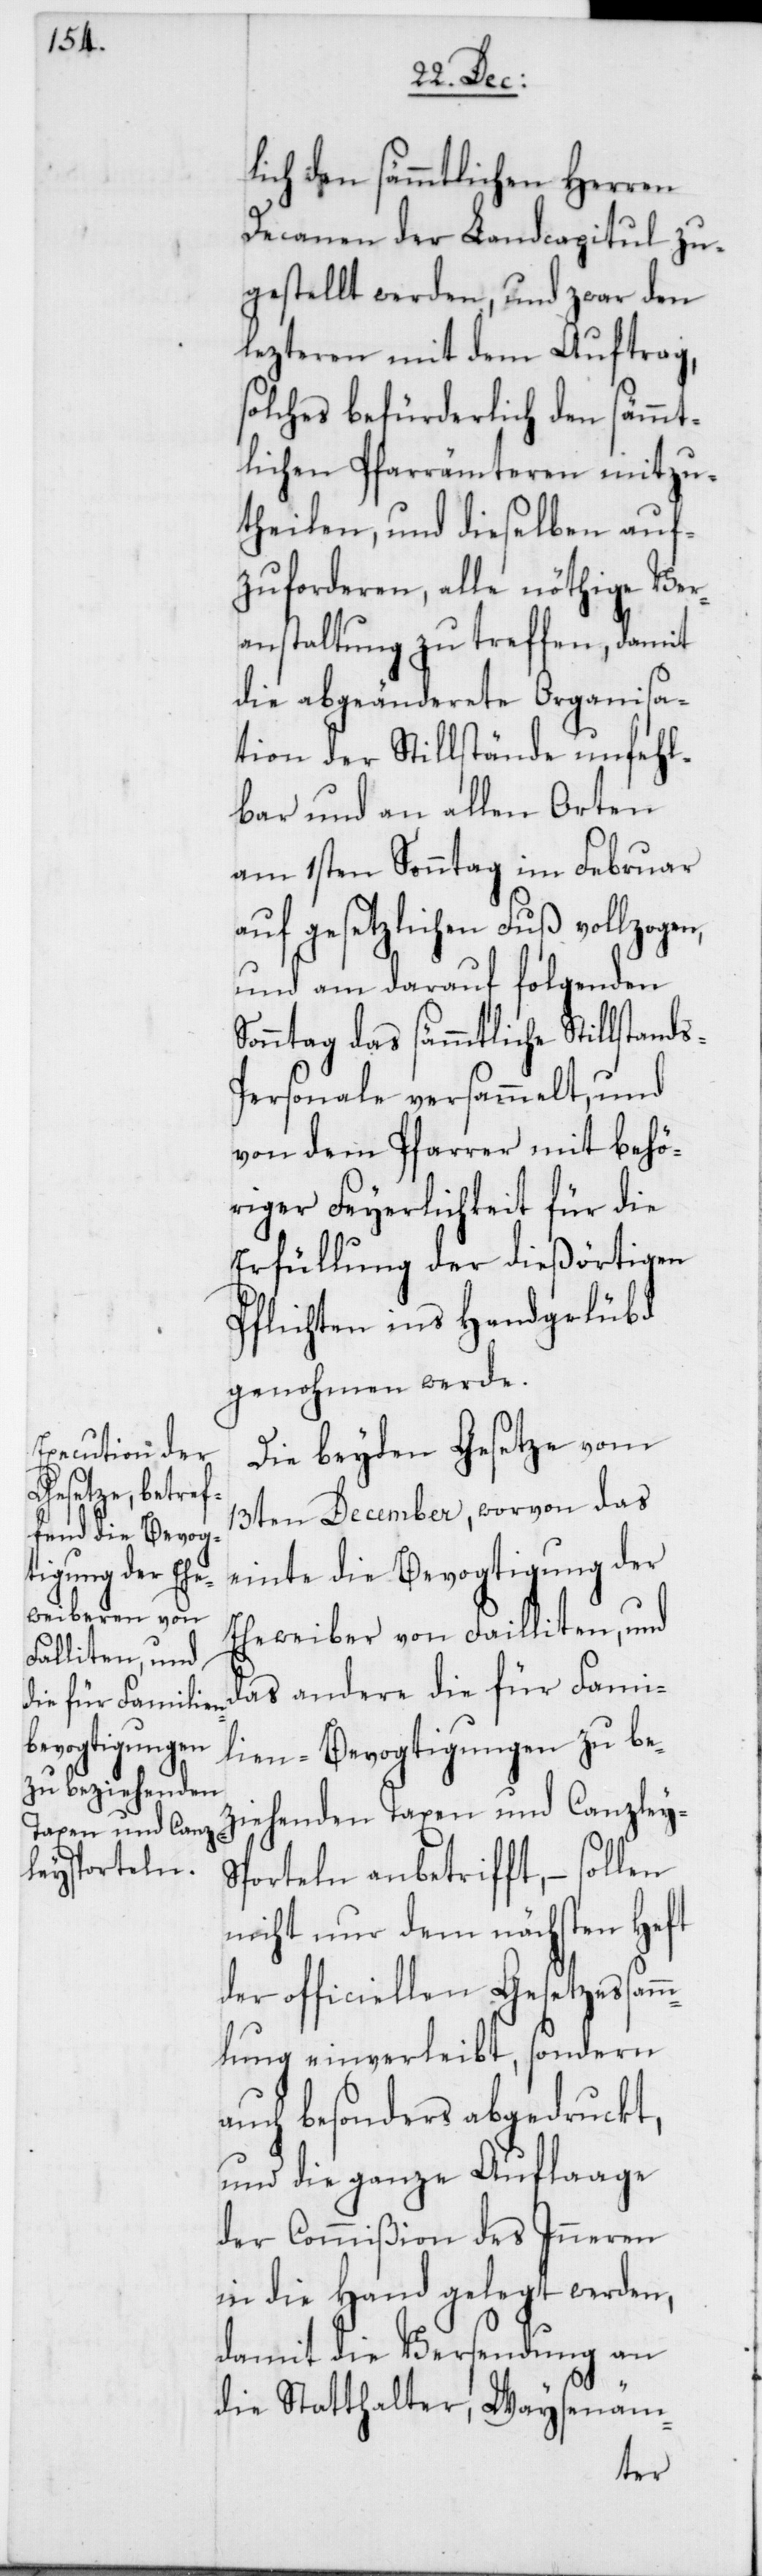
s-P¬
lich den sämmtlichen Herren
Decanen der Landcapitul zu¬
gestellt werden, und zwar den
lezteren mit dem Auftrag,
solches befürderlich den sämmt¬
lichen Pfarrämteren mitzu¬
theilen, und dieselben auf¬
zuforderen, alle nöthige Ver¬
anstaltung zu treffen, damit
die abgeänderete Organisa¬
tion der Stillstände unfehl¬
bar und an allen Orten
am 1sten Sonntag im Februar
auf gesetzlichen Fuß vollzogen,
und am darauf folgenden
Sonntag das sämmtliche Stillstand¬
ersonale versammelt, und
von dem Pfarrer mit behö¬
riger Feyerlichkeit für die
Erfüllung der dießörtigen
Pflichten ins Handgelübd
genohmen werde.
Die beyden Gesetze vom
13ten December, worvon das
einte die Bevogtigung der
Eheweiber von Failliten, und
das andere die für Fami¬
lien-Bevogtigungen zu bez¬
iehenden Taxen und Canzley¬
sporteln anbetrifft, – sollen
nicht nur dem nächsten Heft
der officiellen Gesetzessam¬
mlung einverleibt, sondern
auch besonders abgedruckt,
und die ganze Auflaage
der Commißion des Inneren
in die Hand gelegt werden,
damit die Versendung an
die Statthalter, Waysenäm-